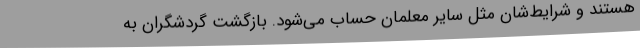
هستند و شرایط‌شان مثل سایر معلمان حساب می‌شود. بازگشت گردشگران به